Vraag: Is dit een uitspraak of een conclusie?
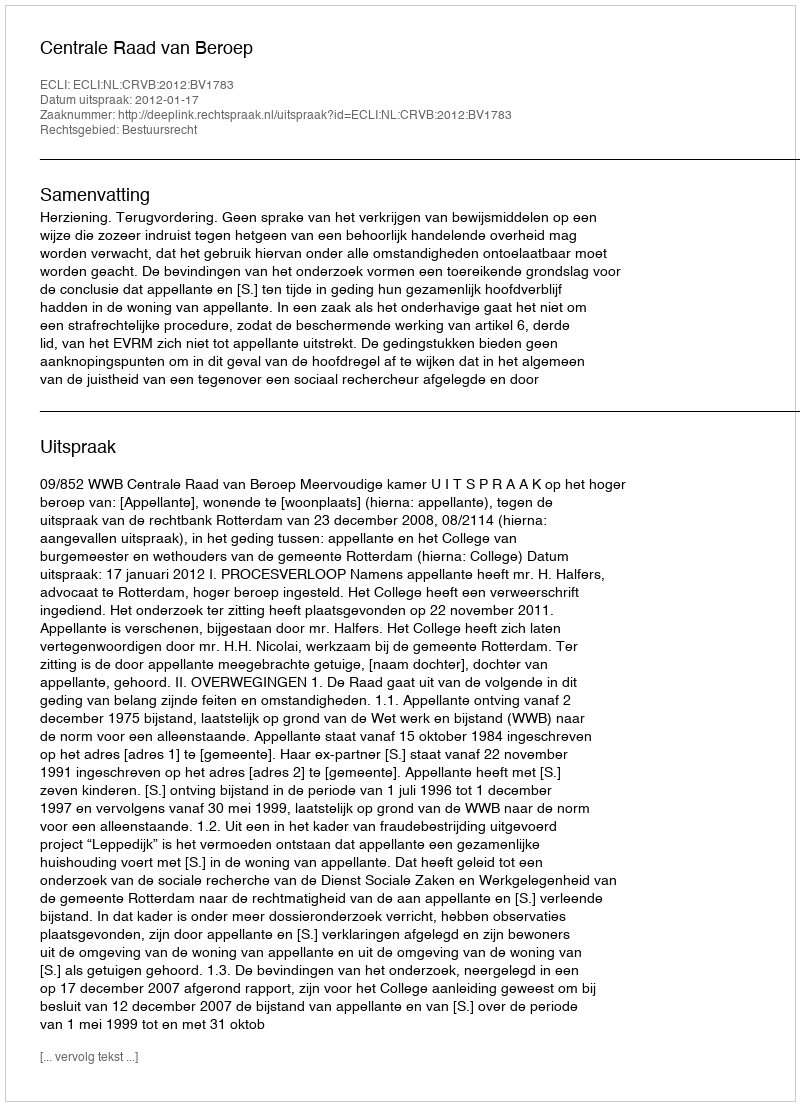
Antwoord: Uitspraak